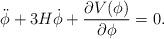
LaTeX: \begin{align*}\ddot\phi+3H\dot\phi+{\partial V(\phi)\over\partial\phi}=0.\end{align*}